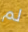
لم